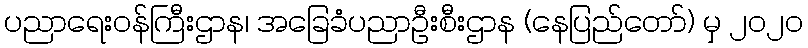
ပညာရေးဝန်ကြီးဌာန၊ အခြေခံပညာဦးစီးဌာန (နေပြည်တော်) မှ ၂၀၂၀